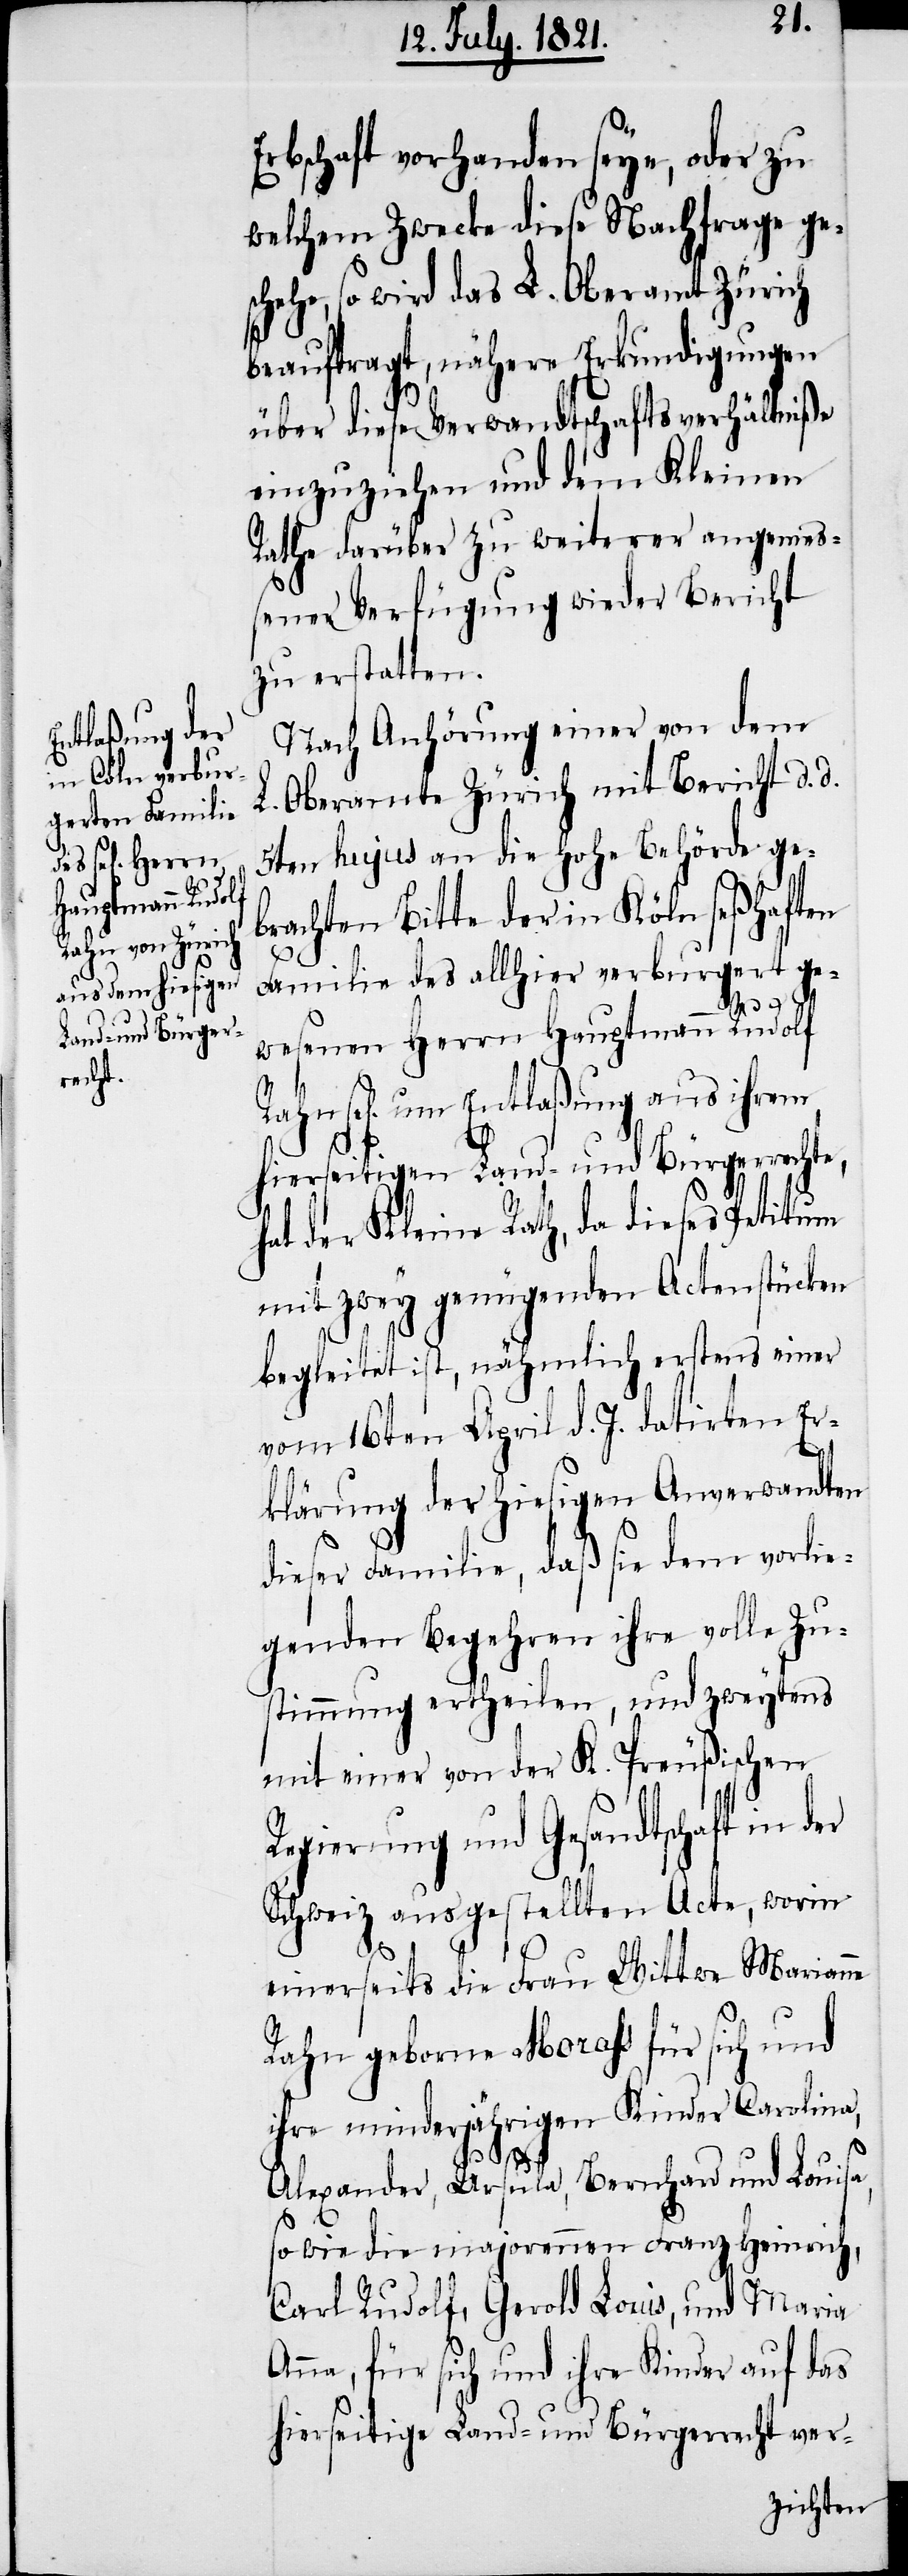
Rahn sel[i¬

Erbschaft vorhanden seye, oder zu
welchem Zwecke diese Nachfrage ge¬
schehe, so wird das L. Oberamt Zürich
beauftragt, nähere Erkundigungen
über diese Verwandtschaftsverhältniße
einzuziehen und dem Kleinen
Rathe darüber zu weiterer angemeß¬
ener Verfügung wieder Bericht
zu erstatten.
Nach Anhörung einer von dem
L. Oberamte Zürich mit Bericht d. d.
5ten hujus an die hohe Behörde ge¬
brachten Bitte der in Köln seßhaften
Familie des allhier verburgert ge¬
wesenen Herrn Hauptmann Rudolf
gen] um Entlaßung aus ihrem
hierseitigen Land- und Bürgerrechte,
hat der Kleine Rath, da dieses Petitum
mit zwey genügenden Actenstücken
begleitet ist, nähmlich erstens einer
vom 16ten April d. J. datirten Er¬
klärung der hiesigen Anverwandten
dieser Familie, daß sie dem vorlie¬
genden Begehren ihre volle Zu¬
stimmung ertheilen, und zweytens
mit einer von der K. Preußischen
Regierung und Gesandtschaft in der
Schweiz ausgestellten Acte, worin
einerseits die Frau Wittwe Marianne
Rahn geborene Morass für sich und
ihre minderjährigen Kinder Carolina,
Alexander, Ursula, Bernhard und Louisa,
so wie die majorennen Franz Heinrich,
Carl Rudolf, Gerold Louis, und Maria
Anna, für sich und ihre Kinder auf das
hierseitige Land- und Bürgerrecht ver-